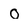
Character: O